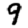
Digit: 9